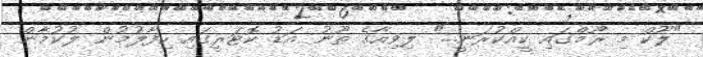
"ލޫކް މި ރޫމްގައި ކީއްކުރަނީ..." ލިވިއާގެ ތޫނު އަޑު ކޮޓަރީގައި ހިފާލުމުން ލުކުމާން